Indian journal of veterinary science and animal husbandry - Volumes 26-27, 1956-1957
Year: 1956
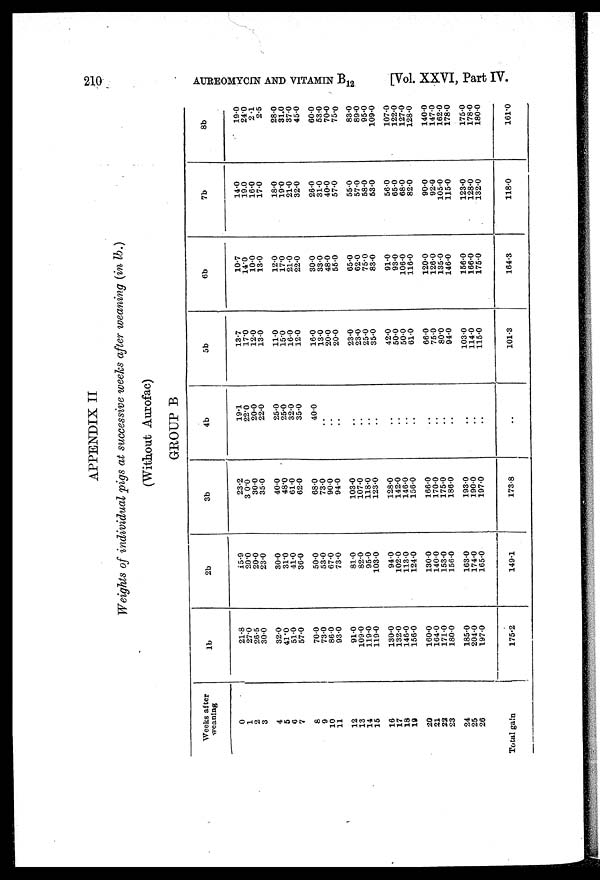
210 AUREOMYCIN AND VITAMIN B 12
[Vol. XXVI, Part IV.
APPENDIX II
Weights of individual pigs at successive weeks after weaning (in lb.)
(Without Aurofac)
GROUP B
Weeks after
weaning
0
1
2
3
4
5
6
7
8
9
10
11
12
13
14
15
16
17
18
19
20
21
22
23
24
25
26
Total gain
lb
21.8
27.0
26.5
30.0
32.0
41.0
51.0
57.0
70.0
73.0
86.0
93.0
91.0
109.0
119.0
119.0
130.0
132.0
146.0
156.0
160.0
164.0
171.0
180.0
185.0
204.0
197.0
175.2
2b
15.9
20.0
20.0
23.0
30.0
31.0
41.0
36.0
50.0
53.0
67.0
73.0
81.0
82.0
95.0
103.0
94.0
102.0
113.0
124.0
130.0
140.0
153.0
156.0
163.0
174.0
165.0
149.1
3b
23.2
30.0
30.0
35.0
40.0
48.0
61.0
62.0
68.0
73.0
90.0
94.0
103.0
107.0
118.0
123.0
128.0
142.0
146.0
156.0
166.0
170.0
175.0
186.0
193.0
190.0
197.0
173.8
4b
19.1
22.0
20.0
22.0
25.0
25.0
32.0
35.0
40.0
..
..
..
..
..
..
..
..
..
..
..
..
..
..
..
..
..
..
..
5b
13.7
17.0
12.0
13.0
11.0
15.0
16.0
12.0
16.0
13.0
20.0
20.0
23.0
23.0
25.0
35.0
42.0
50.0
50.0
61.0
66.0
75.0
80.0
94.0
103.0
114.0
115.0
101.3
6b
10.7
14.0
10.0
13.0
12.0
17.0
21.0
22.0
30.0
33.0
48.0
55.0
65.0
62.0
75.0
83.0
91.0
93.0
106.0
116.0
120.0
126.0
135.0
146.0
156.0
166.0
175.0
164.3
7b
14.0
19.0
16.0
17.0
18.0
19.0
21.0
32.0
26.0
31.0
40.0
57.0
55.0
57.0
58.0
53.0
56.0
65.0
68.0
82.0
90.0
92.0
105.0
115.0
123.0
128.0
132.0
118.0
8b
19.0
24.0
2.1
2.5
28.0
31.0
37.0
45.0
60.0
53.0
70.0
75.0
83.0
89.0
95.0
109.0
107.0
122.0
127.0
128.0
140.0
147.0
162.0
178.0
175.0
178.0
180.0
161.0